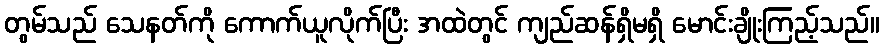
တွမ်သည် သေနတ်ကို ကောက်ယူလိုက်ပြီး အထဲတွင် ကျည်ဆန်ရှိမရှိ မောင်းချိုးကြည့်သည်။